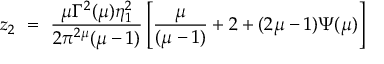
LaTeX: z _ { 2 } ~ = ~ \frac { \mu \Gamma ^ { 2 } ( \mu ) \eta _ { 1 } ^ { 2 } } { 2 \pi ^ { 2 \mu } ( \mu - 1 ) } \left[ \frac { \mu } { ( \mu - 1 ) } + 2 + ( 2 \mu - 1 ) \Psi ( \mu ) \right]